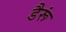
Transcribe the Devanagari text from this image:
डैरूं